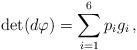
LaTeX: \begin{align*} \det(d\varphi)=\sum_{i=1}^6 p_ig_i\,,\end{align*}